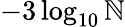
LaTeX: -3\log_{10}\mathbb{N}